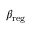
\beta _ { \mathrm { r e g } }